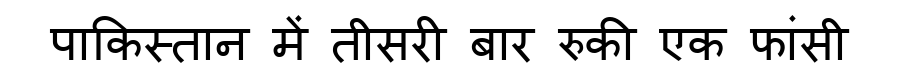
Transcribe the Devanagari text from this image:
पाकिस्तान में तीसरी बार रुकी एक फांसी